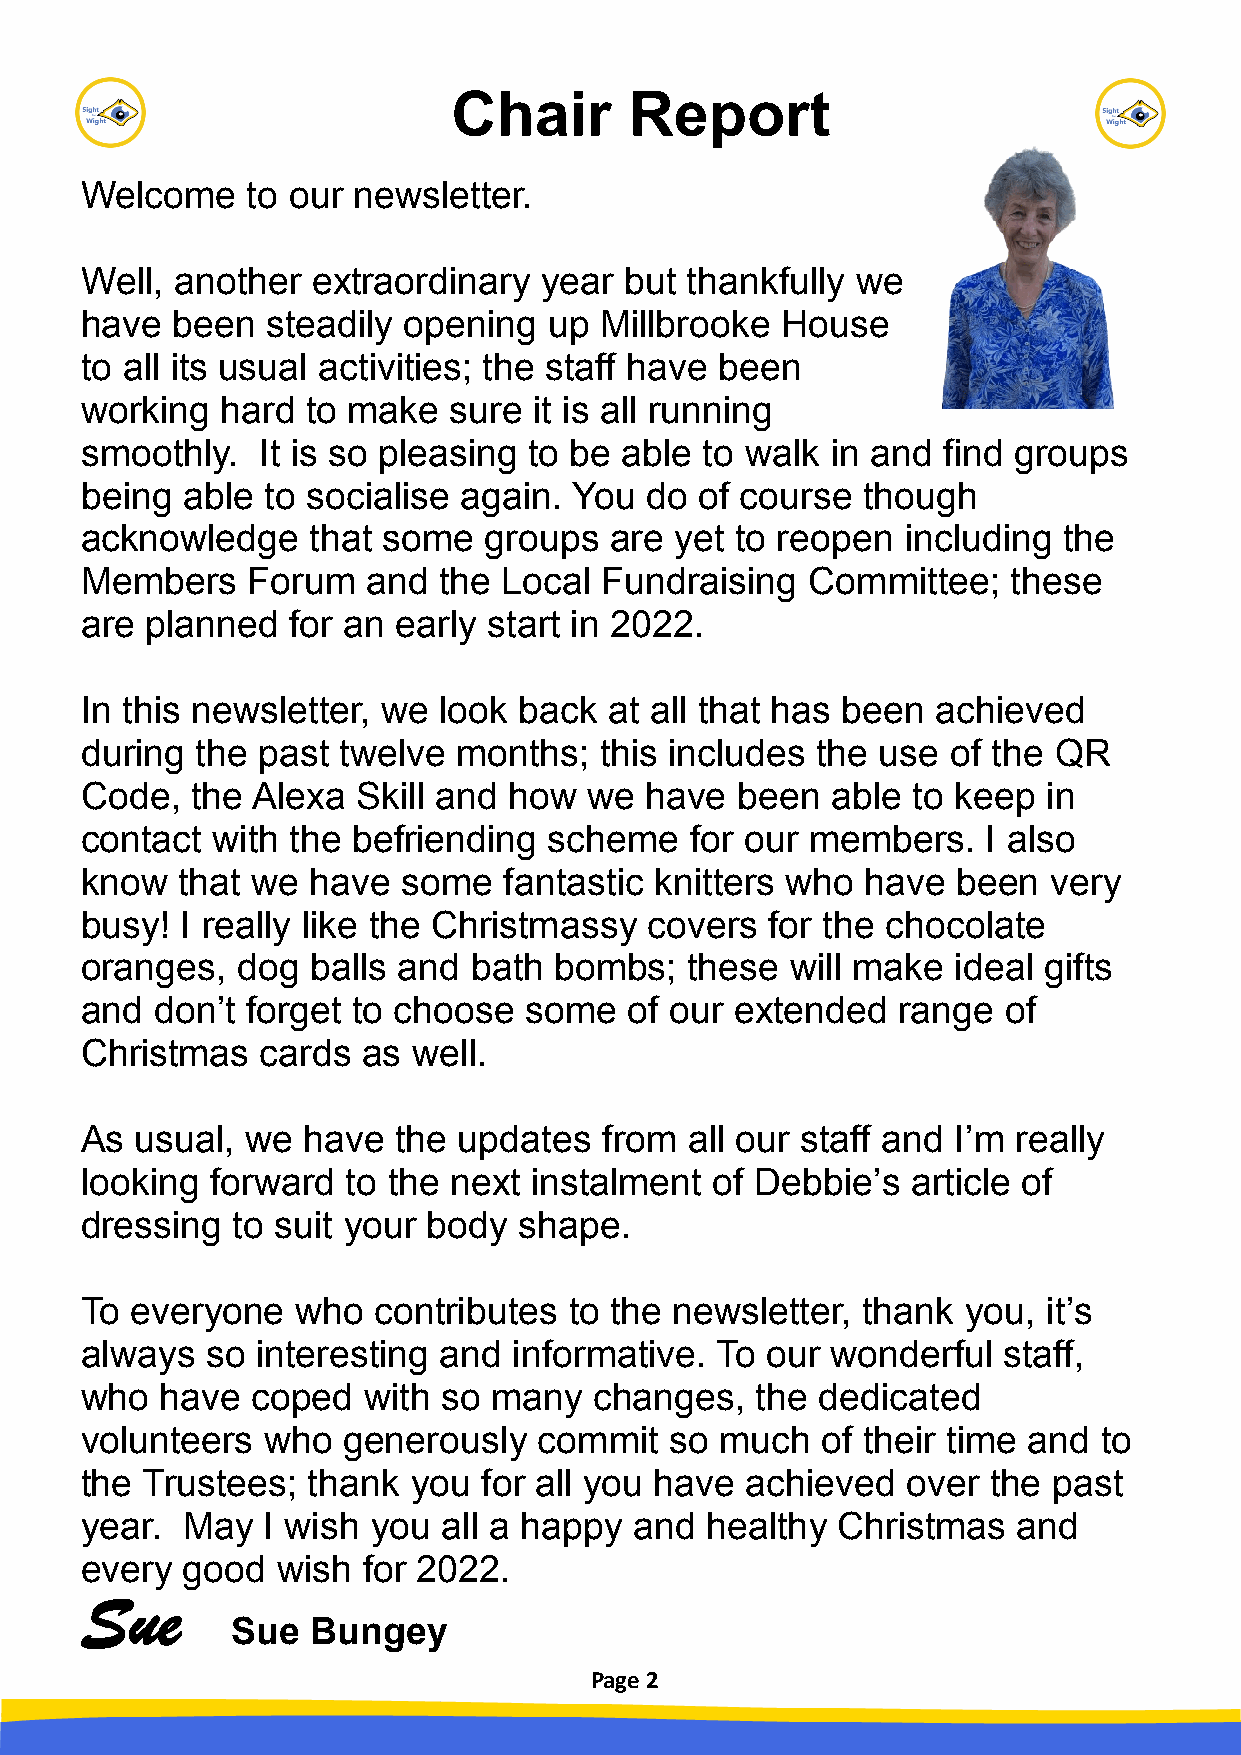
Chair       Report
 Welcome    to our newsletter.
 Well,  another  extraordinary  year but thankfully  we
 have  been   steadily opening  up  Millbrooke  House
 to all its usual activities; the staff have been
 working   hard to make   sure it is all running
 smoothly.   It is so pleasing to be able  to walk in and find groups
 being  able to socialise again.  You  do of course  though
 acknowledge     that some  groups  are  yet to reopen  including the
 Members    Forum   and  the Local  Fundraising   Committee;   these
 are  planned  for an early start in 2022.
 In this newsletter, we  look back  at all that has been  achieved
 during  the past twelve  months;   this includes the use  of the QR
 Code,   the Alexa  Skill and how  we  have  been  able to keep  in
 contact  with the befriending  scheme    for our members.   I also
 know   that we  have  some  fantastic knitters who  have  been   very
 busy!  I really like the Christmassy  covers  for the chocolate
 oranges,   dog  balls and bath  bombs;   these will make  ideal gifts
 and  don’t forget to choose   some   of our extended  range  of
 Christmas   cards  as well.
 As  usual, we  have  the updates   from  all our staff and I’m really
 looking  forward  to the next instalment  of Debbie’s  article of
 dressing  to suit your body  shape.
 To  everyone   who  contributes  to the newsletter, thank  you, it’s
 always   so interesting and  informative. To  our wonderful  staff,
 who   have  coped  with so  many  changes,   the dedicated
 volunteers   who  generously   commit  so  much  of their time and  to
 the Trustees;  thank  you  for all you have achieved   over  the past
 year.  May  I wish  you all a happy  and  healthy Christmas   and
 every  good  wish  for 2022.
 Sue
 Sue   Bungey
 Page 2